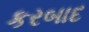
કરબાદ